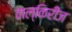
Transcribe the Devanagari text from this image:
वाल्किरीज